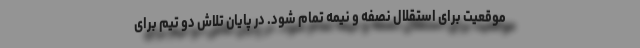
موقعیت برای استقلال نصفه و نیمه تمام شود. در پایان تلاش دو تیم برای